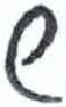
אות: ש